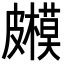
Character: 𥀳